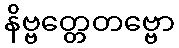
နိဗ္ဗတ္တေတဗ္ဗော